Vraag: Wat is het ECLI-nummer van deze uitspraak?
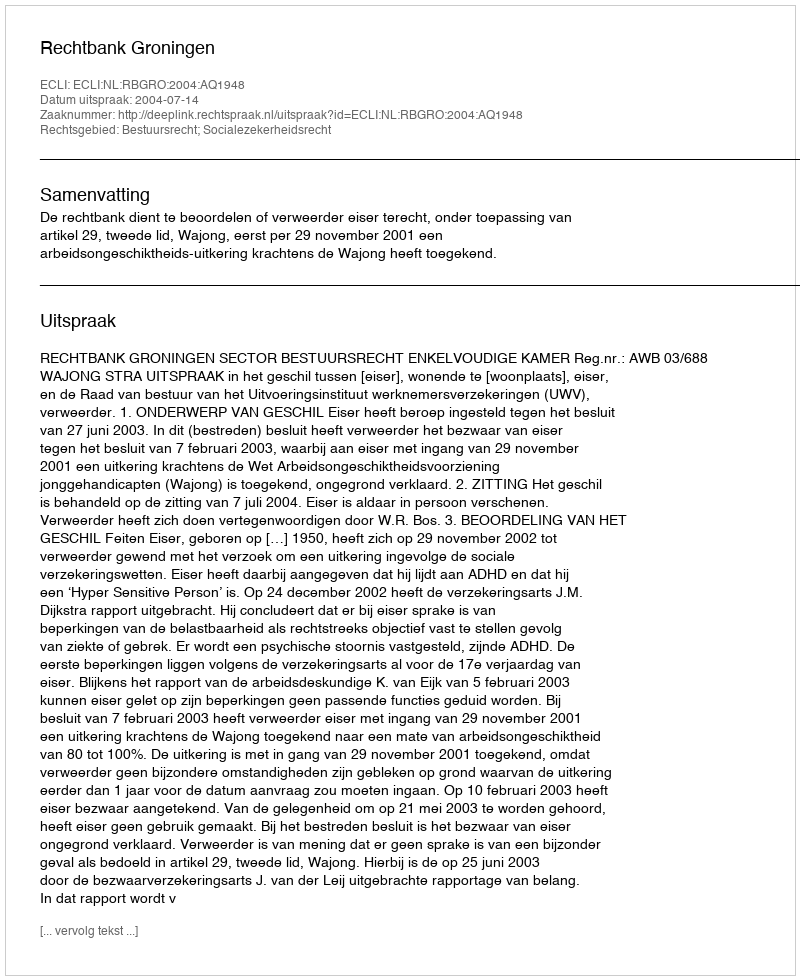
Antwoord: ECLI:NL:RBGRO:2004:AQ1948